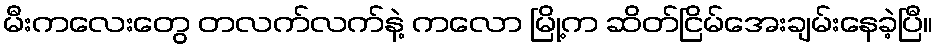
မီးကလေးတွေ တလက်လက်နဲ့ ကလော မြို့က ဆိတ်ငြိမ်အေးချမ်းနေခဲ့ပြီ။